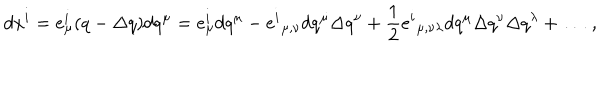
d x ^ { i } = e _ { \mu } ^ { i } ( q - \Delta q ) d q ^ { \mu } = e _ { \mu } ^ { i } d q ^ { \mu } - { e ^ { i } } _ { \mu , \nu } d q ^ { \mu } \Delta q ^ { \nu } + \frac { 1 } { 2 } { e ^ { i } } _ { \mu , \nu \lambda } d q ^ { \mu } \Delta q ^ { \nu } \Delta q ^ { \lambda } + \dots ~ ,